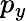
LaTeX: p_{y}